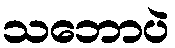
သဘောပဲ